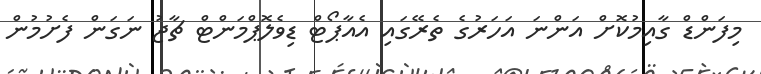
މިފަންޑް ގާއިމުކޮށް އަންނަ އަހަރުގެ ތެރޭގައި އެއާޕޯޓް ޑިވެލޮޕްމަންޓް ޗާޖު ނަގަން ފެށުމުން